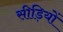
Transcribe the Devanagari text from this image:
सीड़ियों